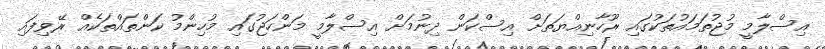
އިސްލާމީ މުޖުތަމައުތަކުގައި ރޫހާނިއްޔަތަށް އިސްކަން ދިނުމަށް އިސްލާމީ މަންހަޖުގައި މުހިންމު ކަންތައްތަކެއް ރޭވިފައި